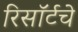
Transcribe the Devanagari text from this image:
रिसॉर्टचे